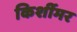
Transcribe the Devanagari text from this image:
किर्शीमर